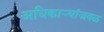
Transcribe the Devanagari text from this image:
अधिकाऱ्यांजवळ